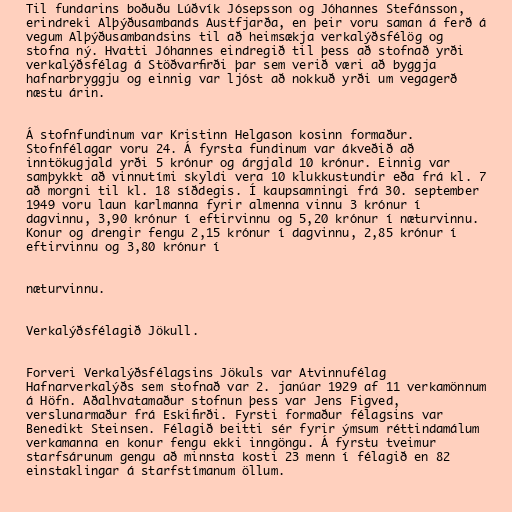
Til fundarins boðuðu Lúðvík Jósepsson og Jóhannes Stefánsson,
erindreki Alþýðusambands Austfjarða, en þeir voru saman á ferð á
vegum Alþýðusambandsins til að heimsækja verkalýðsfélög og
stofna ný. Hvatti Jóhannes eindregið til þess að stofnað yrði
verkalýðsfélag á Stöðvarfirði þar sem verið væri að byggja
hafnarbryggju og einnig var ljóst að nokkuð yrði um vegagerð
næstu árin.

Á stofnfundinum var Kristinn Helgason kosinn formaður.
Stofnfélagar voru 24. Á fyrsta fundinum var ákveðið að
inntökugjald yrði 5 krónur og árgjald 10 krónur. Einnig var
samþykkt að vinnutími skyldi vera 10 klukkustundir eða frá kl. 7
að morgni til kl. 18 síðdegis. Í kaupsamningi frá 30. september
1949 voru laun karlmanna fyrir almenna vinnu 3 krónur í
dagvinnu, 3,90 krónur í eftirvinnu og 5,20 krónur í næturvinnu.
Konur og drengir fengu 2,15 krónur í dagvinnu, 2,85 krónur í
eftirvinnu og 3,80 krónur í

næturvinnu.

Verkalýðsfélagið Jökull.

Forveri Verkalýðsfélagsins Jökuls var Atvinnufélag
Hafnarverkalýðs sem stofnað var 2. janúar 1929 af 11 verkamönnum
á Höfn. Aðalhvatamaður stofnun þess var Jens Figved,
verslunarmaður frá Eskifirði. Fyrsti formaður félagsins var
Benedikt Steinsen. Félagið beitti sér fyrir ýmsum réttindamálum
verkamanna en konur fengu ekki inngöngu. Á fyrstu tveimur
starfsárunum gengu að minnsta kosti 23 menn í félagið en 82
einstaklingar á starfstímanum öllum.